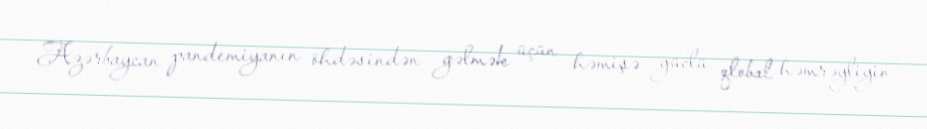
Azərbaycan pandemiyanın öhdəsindən gəlmək üçün həmişə güclü qlobal həmrəyliyin